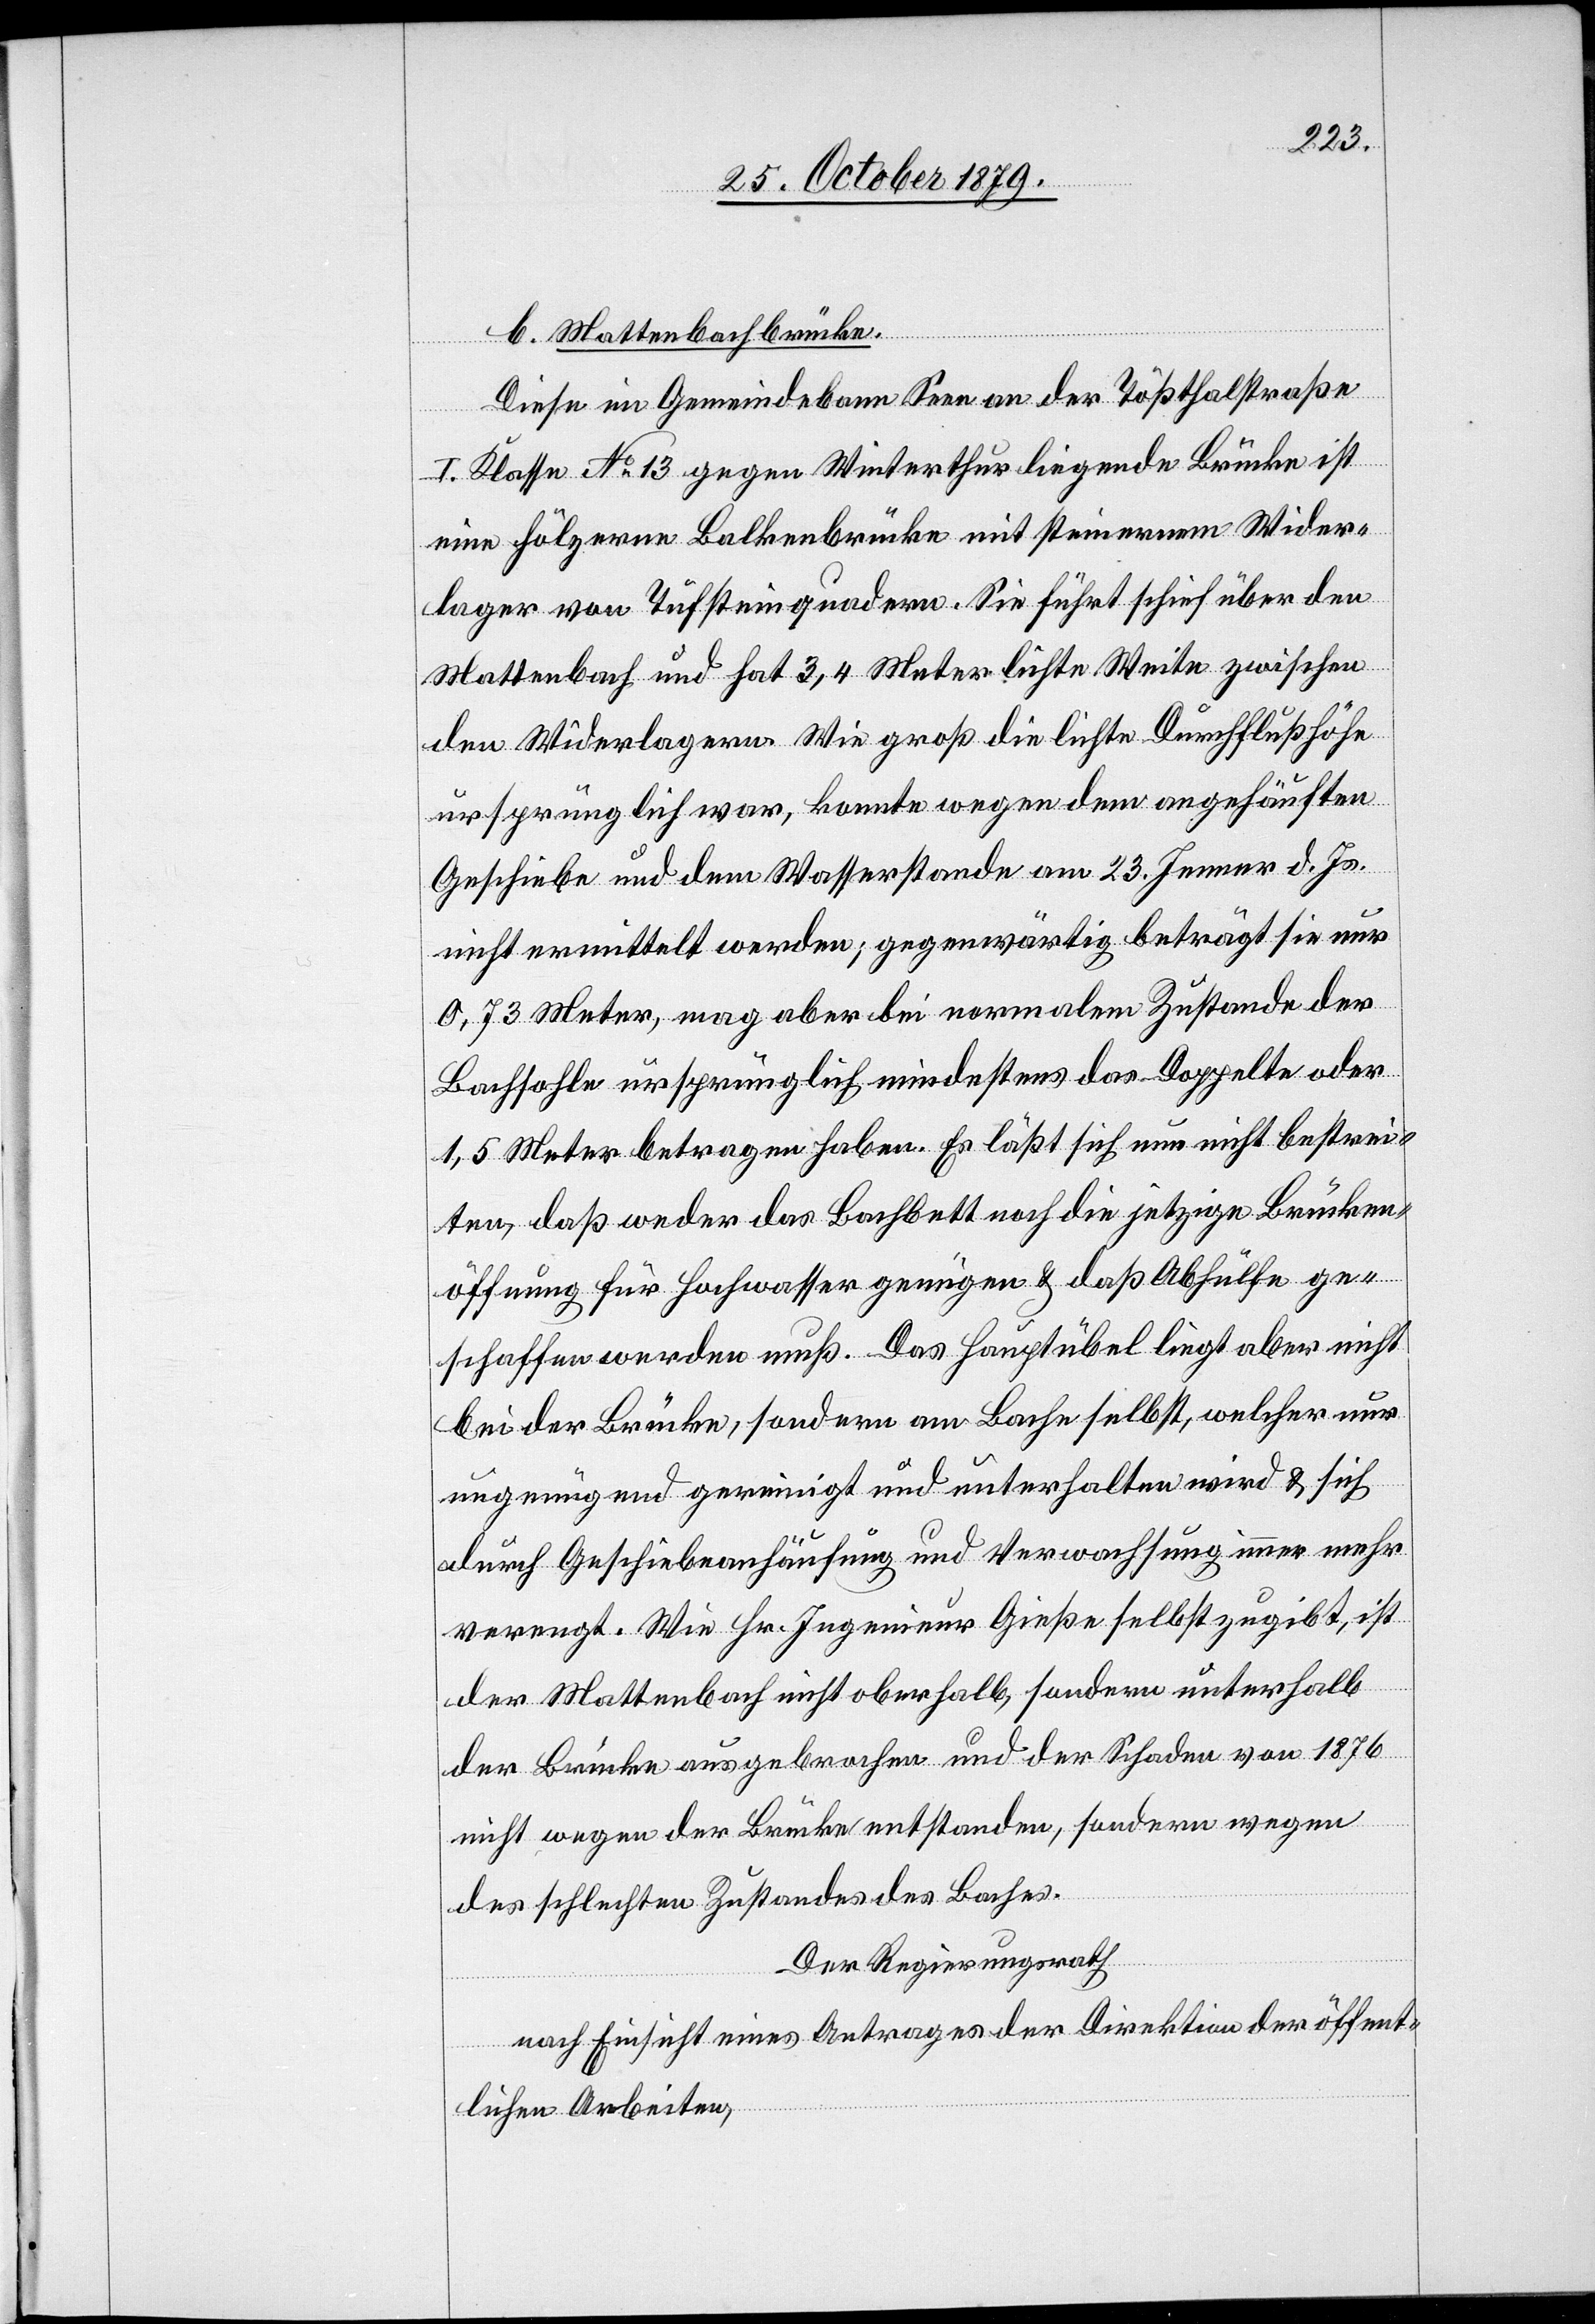
b. Mattenbachbrücke.
Diese im Gemeindebann Seen an der Tößthalstraße
I. Klasse No 13 gegen Winterthur liegende Brücke ist
eine hölzerne Balkenbrücke mit steinernem Wider¬
lager von Tößsteinquadern. Sie führt schief über den
Mattenbach und hat 3,4 Meter lichte Weite zwischen
den Widerlagern. Wie groß die lichte Durchflußhöhe
ursprünglich war, konnte wegen dem angehäuften
Geschiebe und dem Wasserstande am 23. Jenner d. Js.
nicht ermittelt werden; gegenwärtig beträgt sie nur
0,73 Meter, mag aber bei normalem Zustande der
Bachsohle ursprünglich mindestens das Doppelte oder
1,5 Meter betragen haben. Es läßt sich nun nicht bestrei¬
ten, daß weder das Bachbett noch die jetzige Brücken¬
öffnung für Hochwasser genügen & daß Abhülfe ge¬
schaffen werden muß. Das Hauptübel liegt aber nicht
bei der Brücke, sondern am Bache selbst, welcher nur
ungenügend gereinigt und unterhalten wird & sich
durch Geschiebeanhäufung und Verwachsung immer mehr
verengt. Wie Hr. Ingenieur Gieße selbst zugibt, ist
der Mattenbach nicht oberhalb, sondern unterhalb
der Brücke ausgebrochen und der Schaden von 1876
nicht wegen der Brücke entstanden, sondern wegen
des schlechten Zustandes des Laufes.
Der Regierungsrath
nach Einsicht eines Antrages der Direktion der öffent¬
lichen Arbeiten,